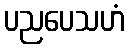
ပညပေသဟံ